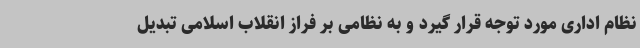
نظام اداری مورد توجه قرار گیرد و به نظامی بر فراز انقلاب اسلامی تبدیل